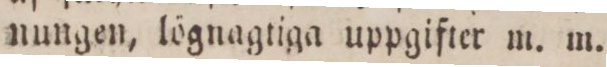
nungen, lögnagtiga uppgifter m. m.